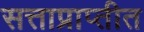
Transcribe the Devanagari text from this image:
सत्ताप्राप्तीत